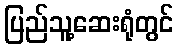
ပြည်သူ့ဆေးရုံတွင်